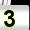
Digit: 3